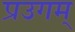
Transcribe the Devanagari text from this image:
प्रउगम्